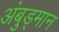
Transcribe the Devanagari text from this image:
अंबुड्मान